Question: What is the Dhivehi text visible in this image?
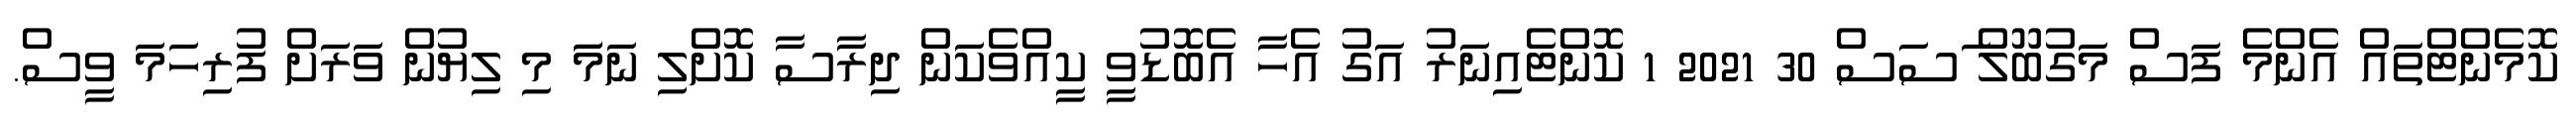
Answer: ކޮމެންޓްތައް އެންމެ ފަސް މަގުބޫލް ަސަސް 30 2021 1 ކޮންޓެއިނަރު އަގު އެހާ އެބޮޑުވީ ކީއްވެކަން ދިރާސާ ކޮށްލި ނަމަަ މި ލިޔުން ވަރަށް ފުރިހަމަ ވީސް.